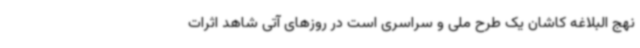
نهج البلاغه کاشان یک طرح ملی و سراسری است در روزهای آتی شاهد اثرات